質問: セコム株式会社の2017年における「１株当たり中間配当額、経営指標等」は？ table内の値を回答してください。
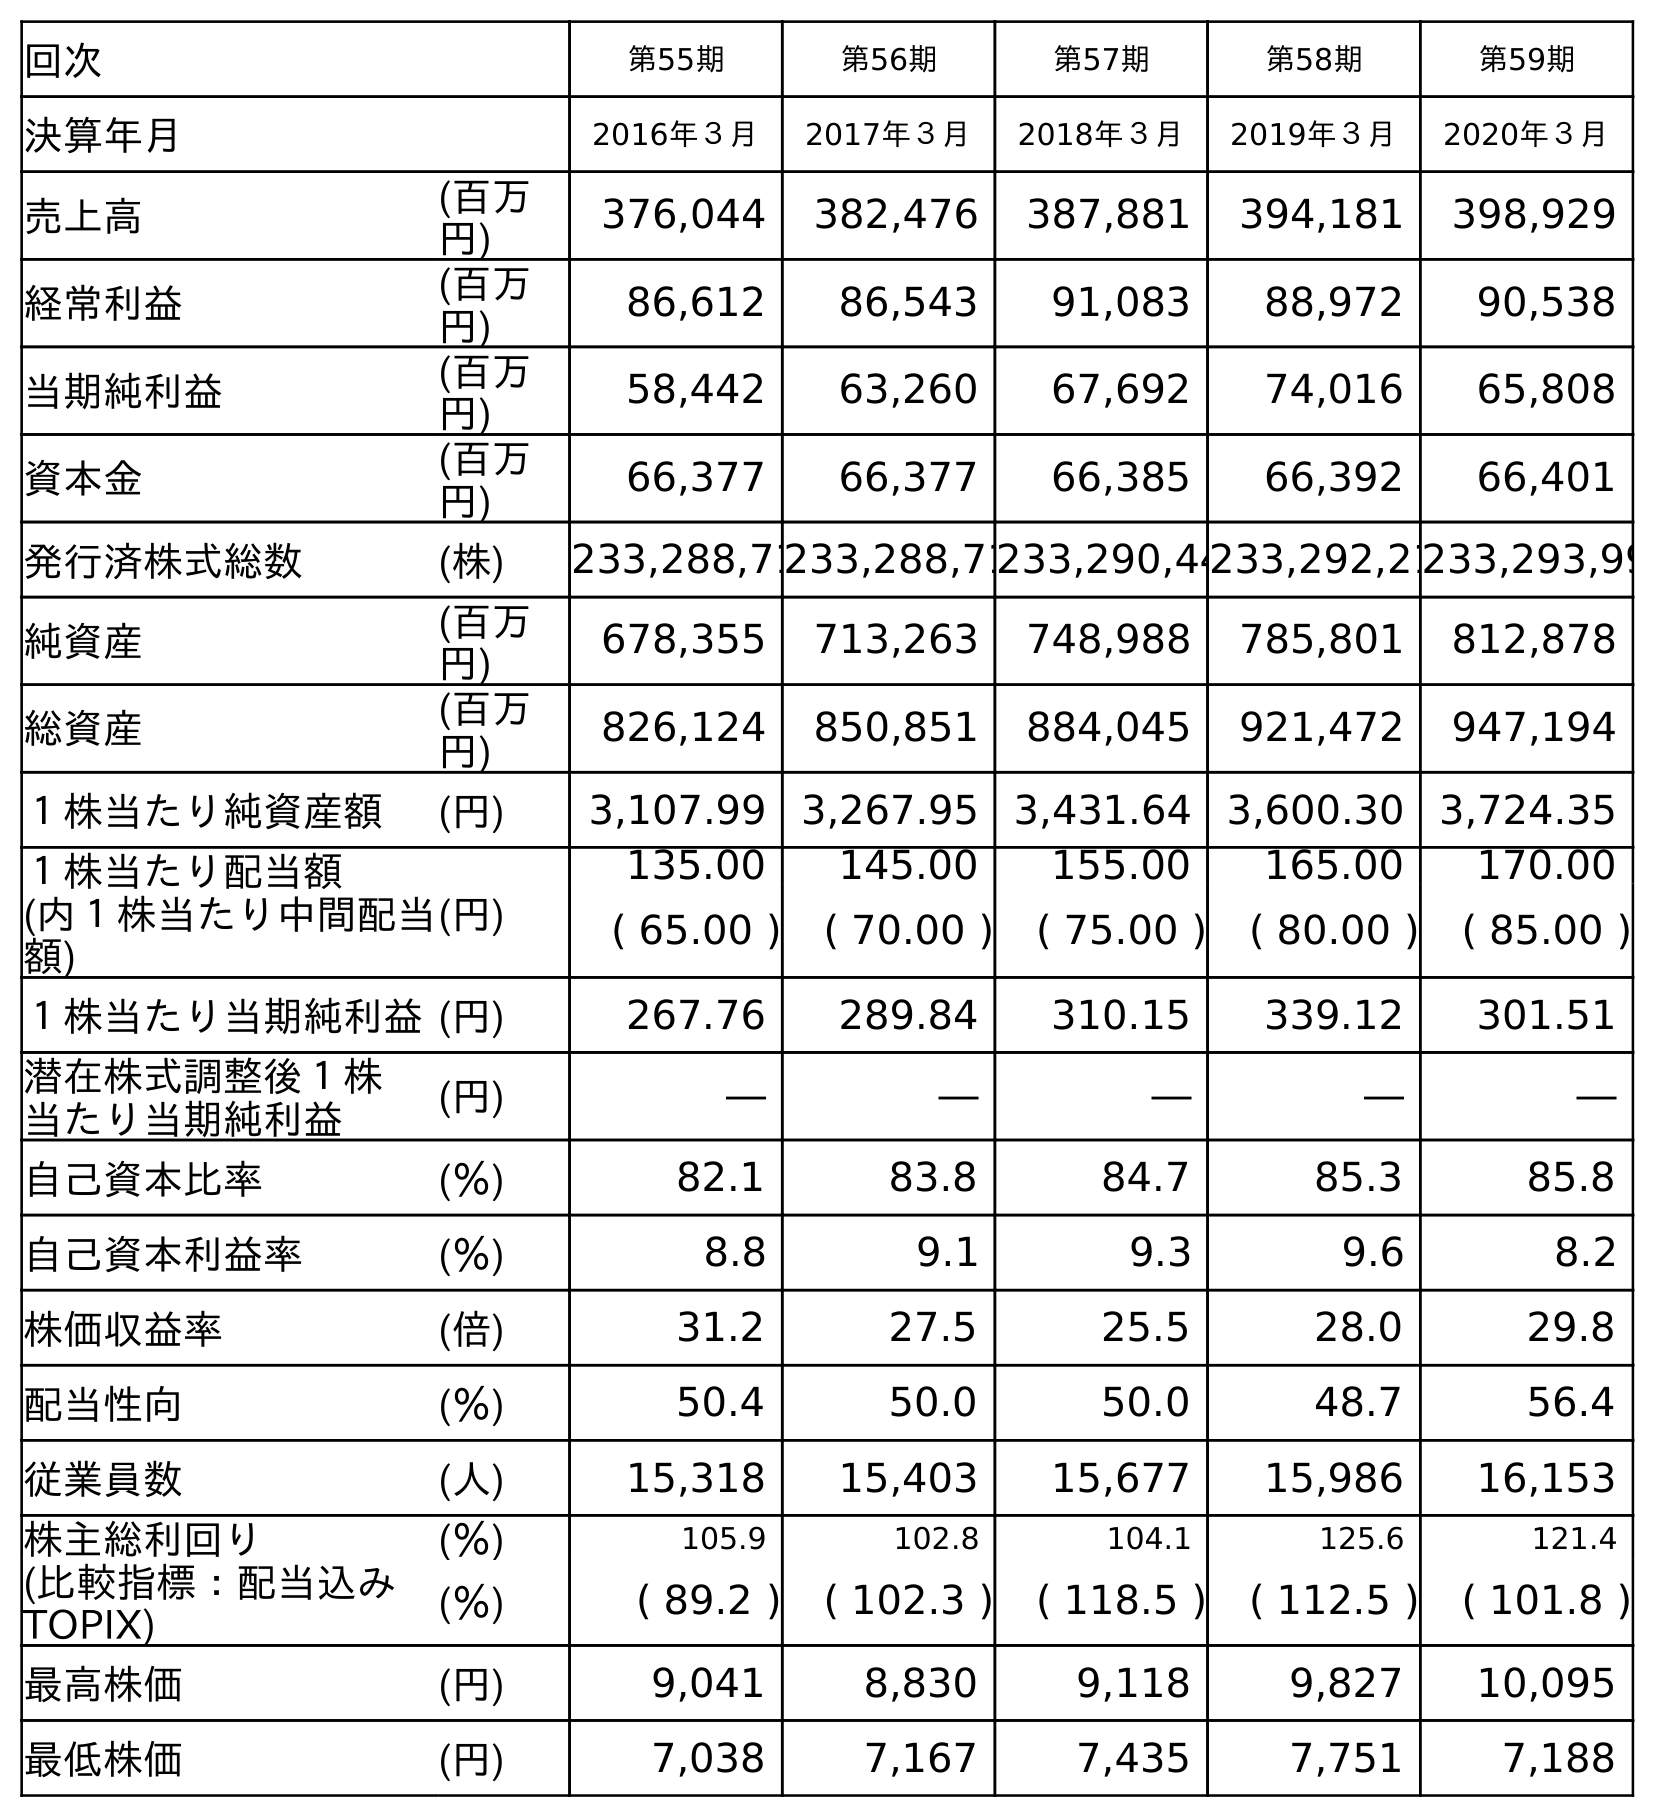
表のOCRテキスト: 回次 第55期 第56期 第57期 第58期 第59期 決算年月 2016年３月 2017年３月 2018年３月 2019年３月 2020年３月 売上高 (百万 円) 376,044 382,476 387,881 394,181 398,929 経常利益 (百万 円) 86,612 86,543 91,083 88,972 90,538 当期純利益 (百万 円) 58,442 63,260 67,692 74,016 65,808 資本金 (百万 円) 66,377 66,377 66,385 66,392 66,401 発行済株式総数 (株) 233,288,71233,288,71233,290,44233,292,21233,293,99 純資産 (百万 円) 678,355 713,263 748,988 785,801 812,878 総資産 (百万 円) 826,124 850,851 884,045 921,472 947,194 １株当たり純資産額 (円) 3,107.99 3,267.95 3,431.64 3,600.30 3,724.35 １株当たり配当額 (内１株当たり中間配当 額) (円) 135.00 145.00 155.00 165.00 170.00 ( 65.00 ) ( 70.00 ) ( 75.00 ) ( 80.00 ) ( 85.00 ) １株当たり当期純利益(円) 267.76 289.84 310.15 339.12 301.51 潜在株式調整後１株 当たり当期純利益 (円) ― ― ― ― ― 自己資本比率 (％) 82.1 83.8 84.7 85.3 85.8 自己資本利益率 (％) 8.8 9.1 9.3 9.6 8.2 株価収益率 (倍) 31.2 27.5 25.5 28.0 29.8 配当性向 (％) 50.4 50.0 50.0 48.7 56.4 従業員数 (人) 15,318 15,403 15,677 15,986 16,153 株主総利回り (％) 105.9 102.8 104.1 125.6 121.4 (比較指標：配当込み TOPIX) (％) ( 89.2 ) ( 102.3 ) ( 118.5 ) ( 112.5 ) ( 101.8 ) 最高株価 (円) 9,041 8,830 9,118 9,827 10,095 最低株価 (円) 7,038 7,167 7,435 7,751 7,188
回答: (70.00)